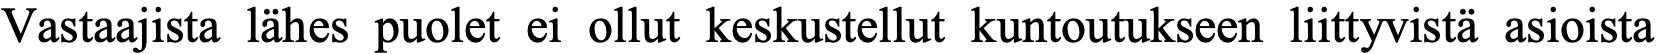
Vastaajista lähes puolet ei ollut keskustellut kuntoutukseen liittyvistä asioista